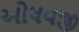
ઓધવજી